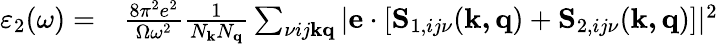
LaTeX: \begin{array}{rl}{\varepsilon_{2}(\omega)=}&{{}\frac{8\pi^{2}e^{2}}{\Omega\omega^{2}}\frac{1}{N_{\mathbf{k}}N_{\mathbf{q}}}\sum_{\nu ij\mathbf{k}\mathbf{q}}|\mathbf{e}\cdot[\mathbf{S}_{1,ij\nu}(\mathbf{k,q})+\mathbf{S}_{2,ij\nu}(\mathbf{k,q})]|^{2}}\end{array}